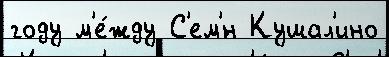
году м'е́жду С'ем'́н Кушал'ино